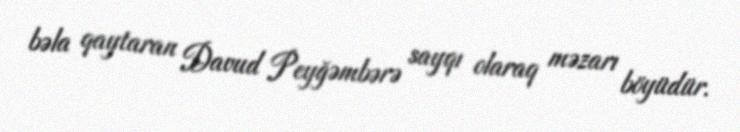
bəla qaytaran Davud Peyğəmbərə sayqı olaraq məzarı böyüdür.